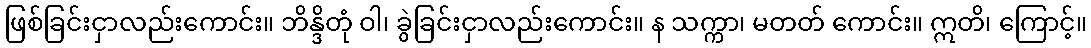
ဖြစ်ခြင်းငှာလည်းကောင်း။ ဘိန္ဒိတုံ ဝါ၊ ခွဲခြင်းငှာလည်းကောင်း။ န သက္ကာ၊ မတတ် ကောင်း။ ဣတိ၊ ကြောင့်။